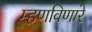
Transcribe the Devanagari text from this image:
म्हणविणारे